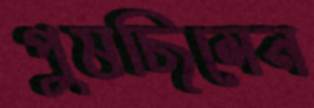
পুষছিলেন